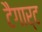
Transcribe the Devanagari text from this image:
टैगार्ट